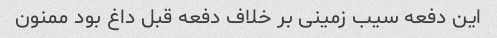
این دفعه سیب زمینی بر خلاف دفعه قبل داغ بود ممنون